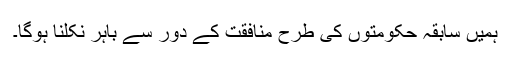
ہمیں سابقہ حکومتوں کی طرح منافقت کے دور سے باہر نکلنا ہوگا۔